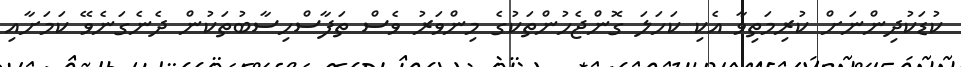
ކުޑަކުދިންނަށް ކުރިމަތިވާ އެކި ކަހަލަ ގޮންޖެހުންތަކުގެ މިންވަރު ވެސް ތަފާސްހިސާބުތަކުން ދެނެގަނެވޭ ކަމަށާއި